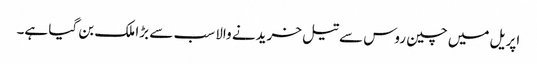
اپریل میں چین روس سے تیل خریدنے والا سب سے بڑا ملک بن گیا ہے۔